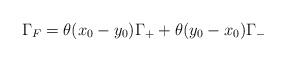
\begin{align*}\Gamma_F=\theta (x_0-y_0)\Gamma_+ +\theta (y_0-x_0)\Gamma_-\end{align*}